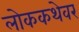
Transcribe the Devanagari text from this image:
लोककथेवर